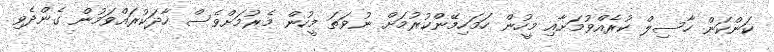
ކަންކަން ހާސިލް ކުރެއްވުމަށާއި މީހުން ހަމަހިމޭންކުރުމަށް ނުވަތަ މީހުން މެރުމަށްވެސް ހާދަކުރައްވަމުން ގެންދެވި